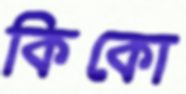
কিকো